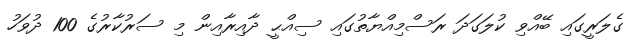
ގެލަރީގައި ބޭއްވި ކުލަގަދަ ރަސްމިއްޔާތުގައި ސިއްޙީ ދާއިރާއިން މި ސަރުކާރުގެ 100 ދުވަހު